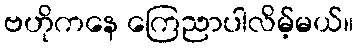
ဗဟိုကနေ ကြေညာပါလိမ့်မယ်။